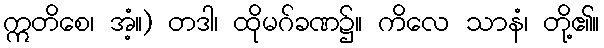
ဣတိစေ၊ အံ့။) တဒါ၊ ထိုမဂ်ခဏ၌။ ကိလေ သာနံ၊ တို့၏။